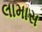
લામાસ